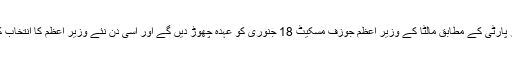
حکمران لیبر پارٹی کے مطابق مالٹا کے وزیرِ اعظم جوزف مسکیٹ 18 جنوری کو عہدہ چھوڑ دیں گے اور اسی دن نئے وزیرِ اعظم کا انتخاب کیا جائے گا۔